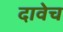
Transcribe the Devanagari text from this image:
दावेच